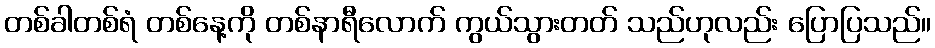
တစ်ခါတစ်ရံ တစ်နေ့ကို တစ်နာရီလောက် ကွယ်သွားတတ် သည်ဟုလည်း ပြောပြသည်။